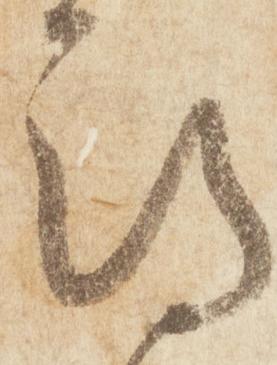
期